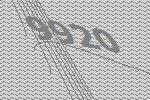
9920